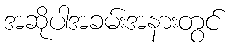
အဆိုပါအခမ်းအနားတွင်